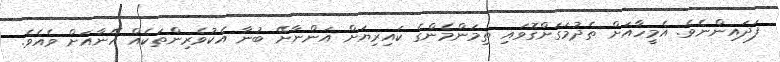
ފަދައިންނެވެ. އެމީހާއަށް ތެދުމަގަށްގޮވައި ތިމަންމެންގެ ކައިރިޔަށް އަންނާށޭ ބުނާ އެކުވެރިންތަކެއް އޭނާއަށް ވެއެވެ.